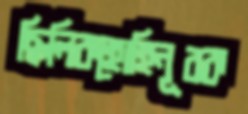
ছিলিকহোহিনূরক